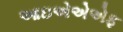
આઇએએએફ